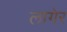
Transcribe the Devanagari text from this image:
लागेर